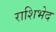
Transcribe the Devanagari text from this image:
राशिभेद